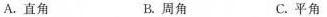
A.直角 B.周角 C.平角